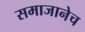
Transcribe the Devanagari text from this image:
समाजानेच